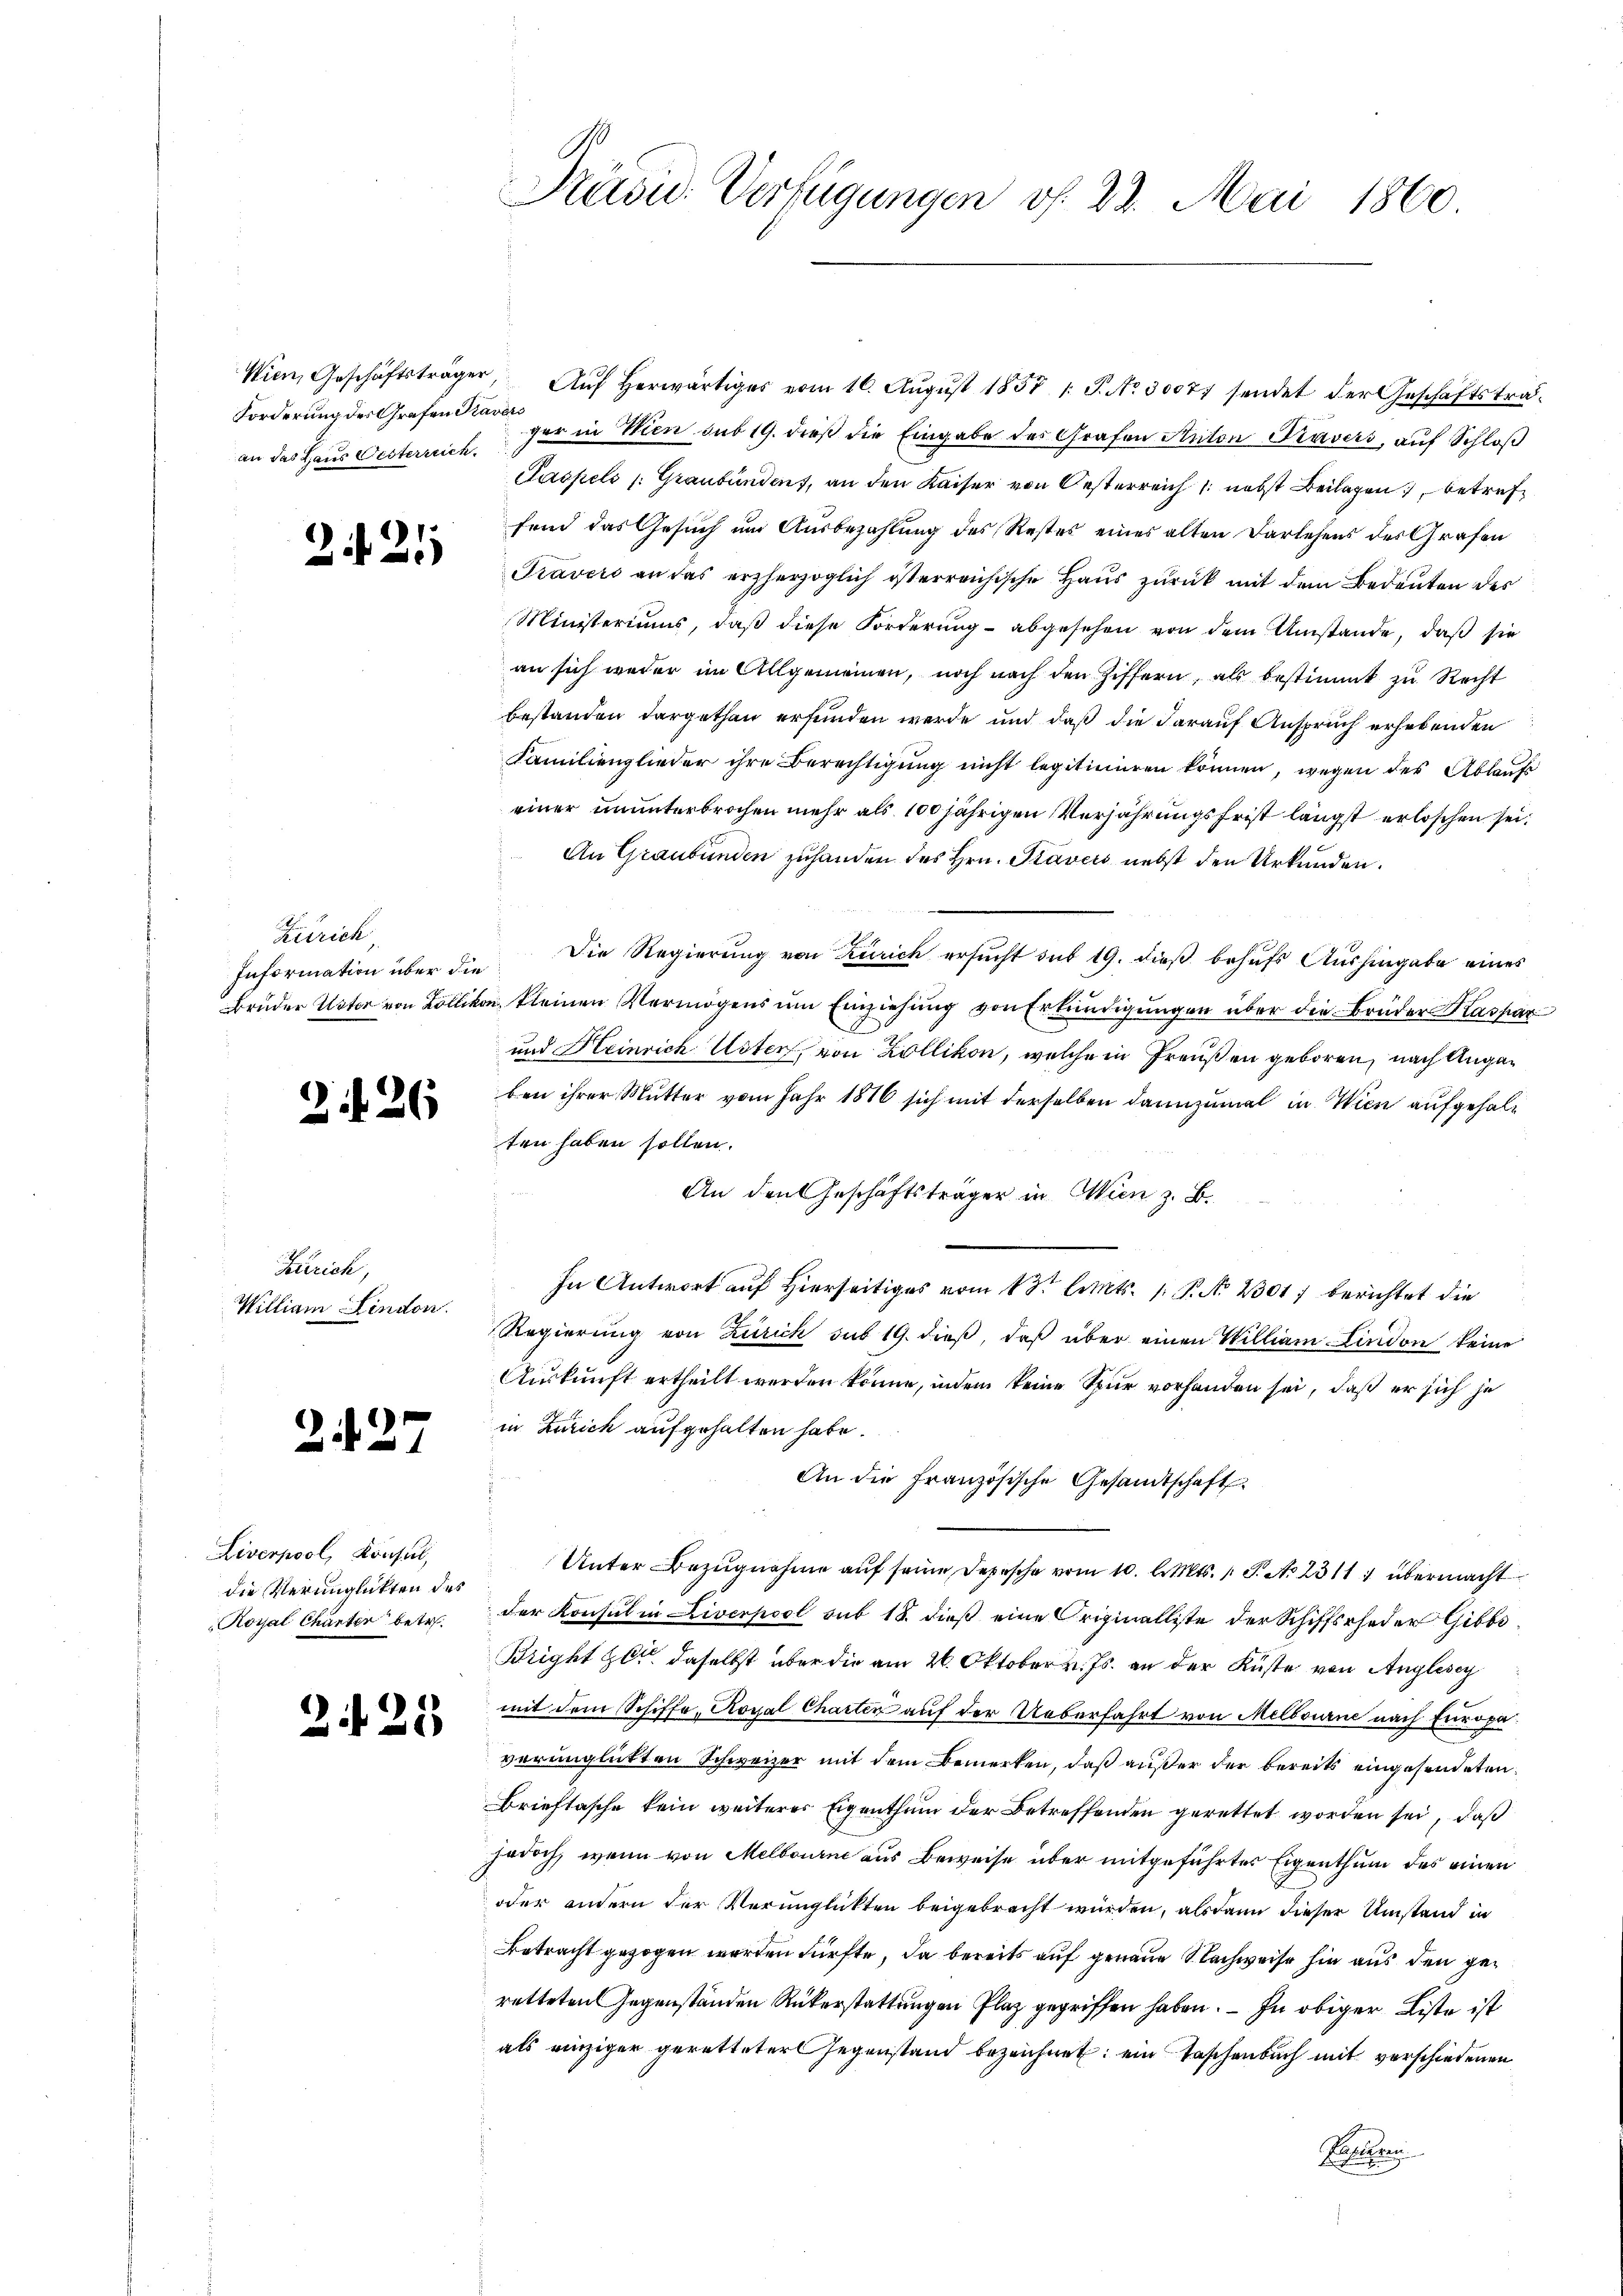
Forderung des Grafen Kravers
an das Haus Westerreich

2421

Zürich,

226

Zürich,
William Lindon.

227

Liverpool, Konsul,
die Verunglickten des
Royal Charter betr.

2425

Präsid. Verfügungen f. 28. Mai 1860.

Wien, Geschäftsträger, Aŭf herwärtiger vom 16. Aŭgŭst 1857 1: P. Nr. 30077 sendet der Geschäftsträger in Wien sub 19. dieß die Eingabe des Grafen Anton Travers, auf Schloß
Paspels /: Graubünden, an den Kaiser von Oesterreich nebst Beilagen, betreffend das Gesuch um Ausbezahlung des Restes eines alten Darlehens des Grafen
Travers an das erzherzoglich österreichische Haus zurück mit dem Bedeuten des
Ministeriums, daß diese Forderung - abgesehen von dem Umstände, daß sie
an sich weder im Allgemeinen, noch nach den Ziffern, als bestimmt zu Recht
bestanden dargethan erfunden werde und daß die darauf Anspruch erhebenden
Familienglieder ihre Berechtigung nicht legitimieren können, wegen des Ablauf
einer ununterbrochen mehr als 100 jährigen Verjährungsfrist längst erloschen sei.
An Graubünden zuhanden des Hrn. Tavers nebst den Urkunden.
Information über die Die Regierung von Zürich ersucht sub 19. dieß behufs Aushingabe eines
Bruder Unter von Bollikon kleinen Vermögens um Einziehung von Erkundigungen über die Brüder Kaspar
und Heinrich Uster, von Zollikon, welche in Preußen geboren, nach Angaben ihrer Mutter vom Jahr 1876 sich mit derselben dannzumal in Wien aufgehalten haben sollen.
An den Geschäftsträger in Wien z. B.
d
In Antwort auf Hierseitiges vom 13ten lets. 1 P. No. 2301, berichtet die
Regierung von Zürich sub 19. dieß, daß über einen William Lindon keine
Auskunft ertheilt werden könne, indem keine Spur vorhanden sei, daß er sich je
in Zürich aufgehalten habe.
An die Französische Gesandtschaft
Unter Bezugnahme auf seine Depesche vom 10. l. Mts. 1 S. A. 23117 übermacht
der Konsul in Liverpool sub 18. dieß eine Originalliste der Schiffsrheder Gibbo¬
Bright er daselbst über die am 26. Oktober v. Js. an der Küste von Anglesey
mit dem Schiffe, Royal Charten auf der Ueberfahrt von Melbourne nach Europaverünglickten Schweizer mit dem Bemerken, daß außer der bereits eingesendeten
Brieftasche kein weiterer Eigenthum der Betreffenden gerettet worden sei, daß
jedoch, wenn von Melbourne aus Beweise über mitgeführter Eigenthum des einen
oder andern der Verunglickten beigebracht würden, alsdann dieser Umstand in
Betracht gezogen worden dürfte, da bereits auf genaue Nachweise hin aus den geretteten Gegenständen Rükerstattungen Plaz gegriffen haben. — In obiger Liste ist
als einziger geretteter Gegenstand bezeichnet: ein Taschenbuch mit verschiedenen
Reichen